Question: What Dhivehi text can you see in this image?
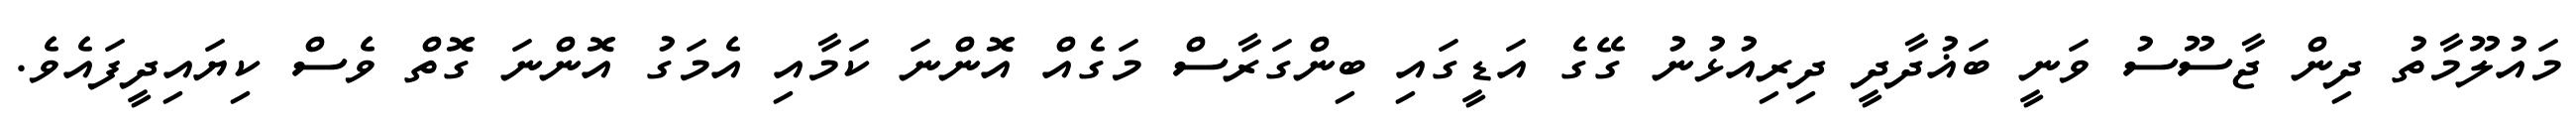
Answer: މައުލޫމާތު ދިން ޖާސޫސު ވަނީ ބަޣުދާދީ ދިރިއުޅުނު ގޭގެ އަޑީގައި ބިންގަރާސް މަގެއް އޮންނަ ކަމާއި އެމަގު އޮންނަ ގޮތް ވެސް ކިޔައިދީފައެވެ.